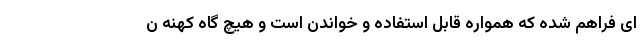
ای فراهم شده که همواره قابل استفاده و خواندن است و هیچ گاه کهنه ن